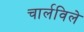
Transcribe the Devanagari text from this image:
चार्लविले